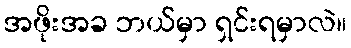
အဖိုးအခ ဘယ်မှာ ရှင်းရမှာလဲ။